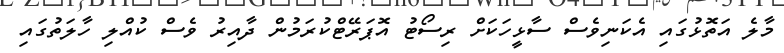
މާލެ އަތޮޅުގައި އެކަނިވެސް ސާޅީހަކަށް ރިސޯޓު އޮޕަރޭޓްކުރަމުން ދާއިރު ވެސް ކުއްލި ހާލަތުގައި